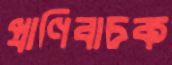
প্রাণিবাচক